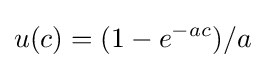
u(c)=(1-e^{-ac})/a